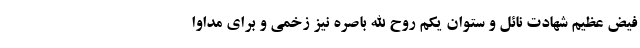
فیض عظیم شهادت نائل و ستوان یکم روح الله باصره نیز زخمی و برای مداوا